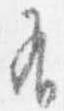
有